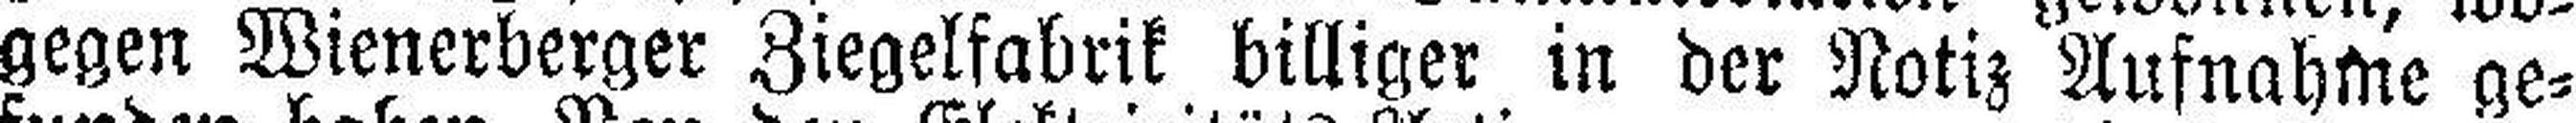
gegen Wienerberger Ziegelfabrik billiger in der Notiz Aufnahme ge¬